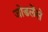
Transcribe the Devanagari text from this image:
जोडलेंसे